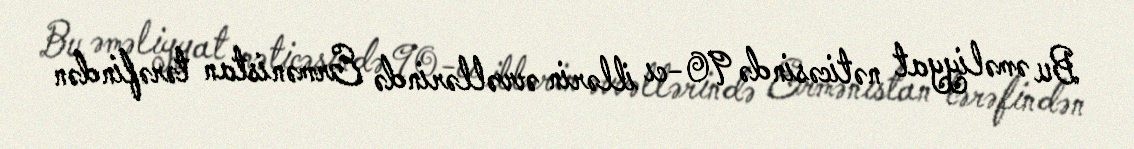
Bu əməliyyat nəticəsində 90-cı illərin əvvəllərində Ermənistan tərəfindən